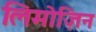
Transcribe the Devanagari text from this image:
लिमोज़िन